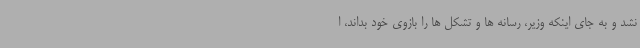
نشد و به جای اینکه وزیر، رسانه ها و تشکل ها را بازوی خود بداند، ا